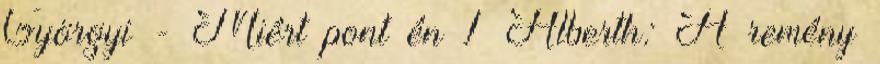
Györgyi - Miért pont én 1 Alberth: A remény